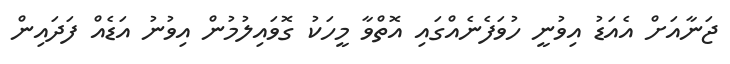
ޖަނާއަށް އެއަޑު އިވުނީ ހުވަފެނެއްގައި އޮތްވާ މީހަކު ގޮވައިލުމުން އިވުނު އަޑެއް ފަދައިން